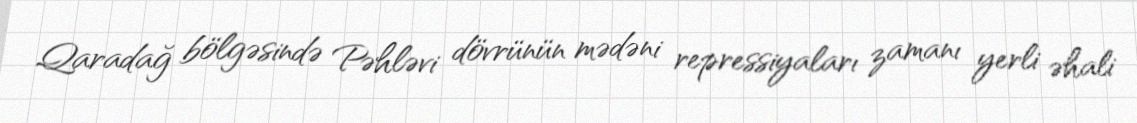
Qaradağ bölgəsində Pəhləvi dövrünün mədəni repressiyaları zamanı yerli əhali